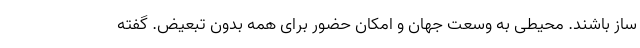
ساز باشند. محیطی به وسعت جهان و امکان حضور برای همه بدون تبعیض. گفته